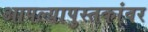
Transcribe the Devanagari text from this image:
आपल्यापुस्तकांवर